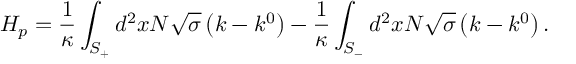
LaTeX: H _ { p } = \frac { 1 } { \kappa } \int _ { S _ { + } } ^ { { } } d ^ { 2 } x N \sqrt { \sigma } \left( k - k ^ { 0 } \right) - \frac { 1 } { \kappa } \int _ { S _ { - } } d ^ { 2 } x N \sqrt { \sigma } \left( k - k ^ { 0 } \right) .